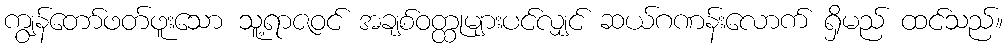
ကျွန်တော်ဖတ်ဖူးသော သူ့ရာဇဝင် အချစ်ဝတ္ထုများပင်လျှင် ဆယ်ဂဏန်းလောက် ရှိမည် ထင်သည်။